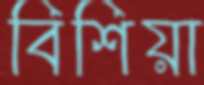
বিশিয়া